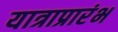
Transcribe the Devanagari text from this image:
यात्राप्रारंभ